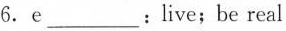
6. e___: live; be real